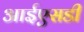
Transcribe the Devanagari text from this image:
आईएसडी